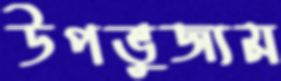
উপভুজ্যম